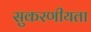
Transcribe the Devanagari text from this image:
सुकरणीयता